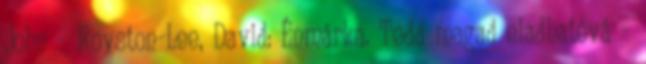
John – Royston-Lee, David: Énmárka. Tedd magad eladhatóvá –